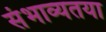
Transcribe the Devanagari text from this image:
संभाव्यतया